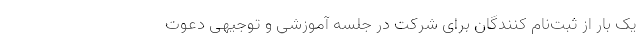
یک بار از ثبت‌نام ‌کنندگان برای شرکت در جلسه آموزشی و توجیهی دعوت